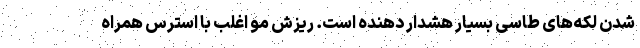
شدن لکه‌های طاسی بسیار هشدار دهنده است. ریزش مو اغلب با استرس همراه